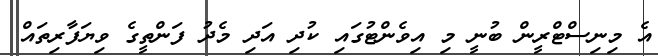
އެ މިނިސްޓްރީން ބުނީ މި އިވެންޓުގައި ކުދި އަދި މެދު ފަންތީގެ ވިޔަފާރިތައް